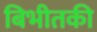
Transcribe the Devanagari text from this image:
बिभीतकी